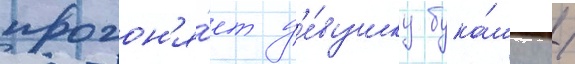
прогон'я́ет д'е́вушку бука́шку /